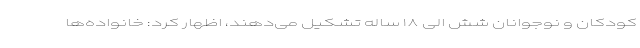
کودکان و نوجوانان شش الی ۱۸ ساله تشکیل می‌دهند، اظهار کرد: خانواده‌ها